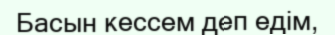
Басын кессем деп едім,